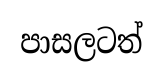
පාසලටත්